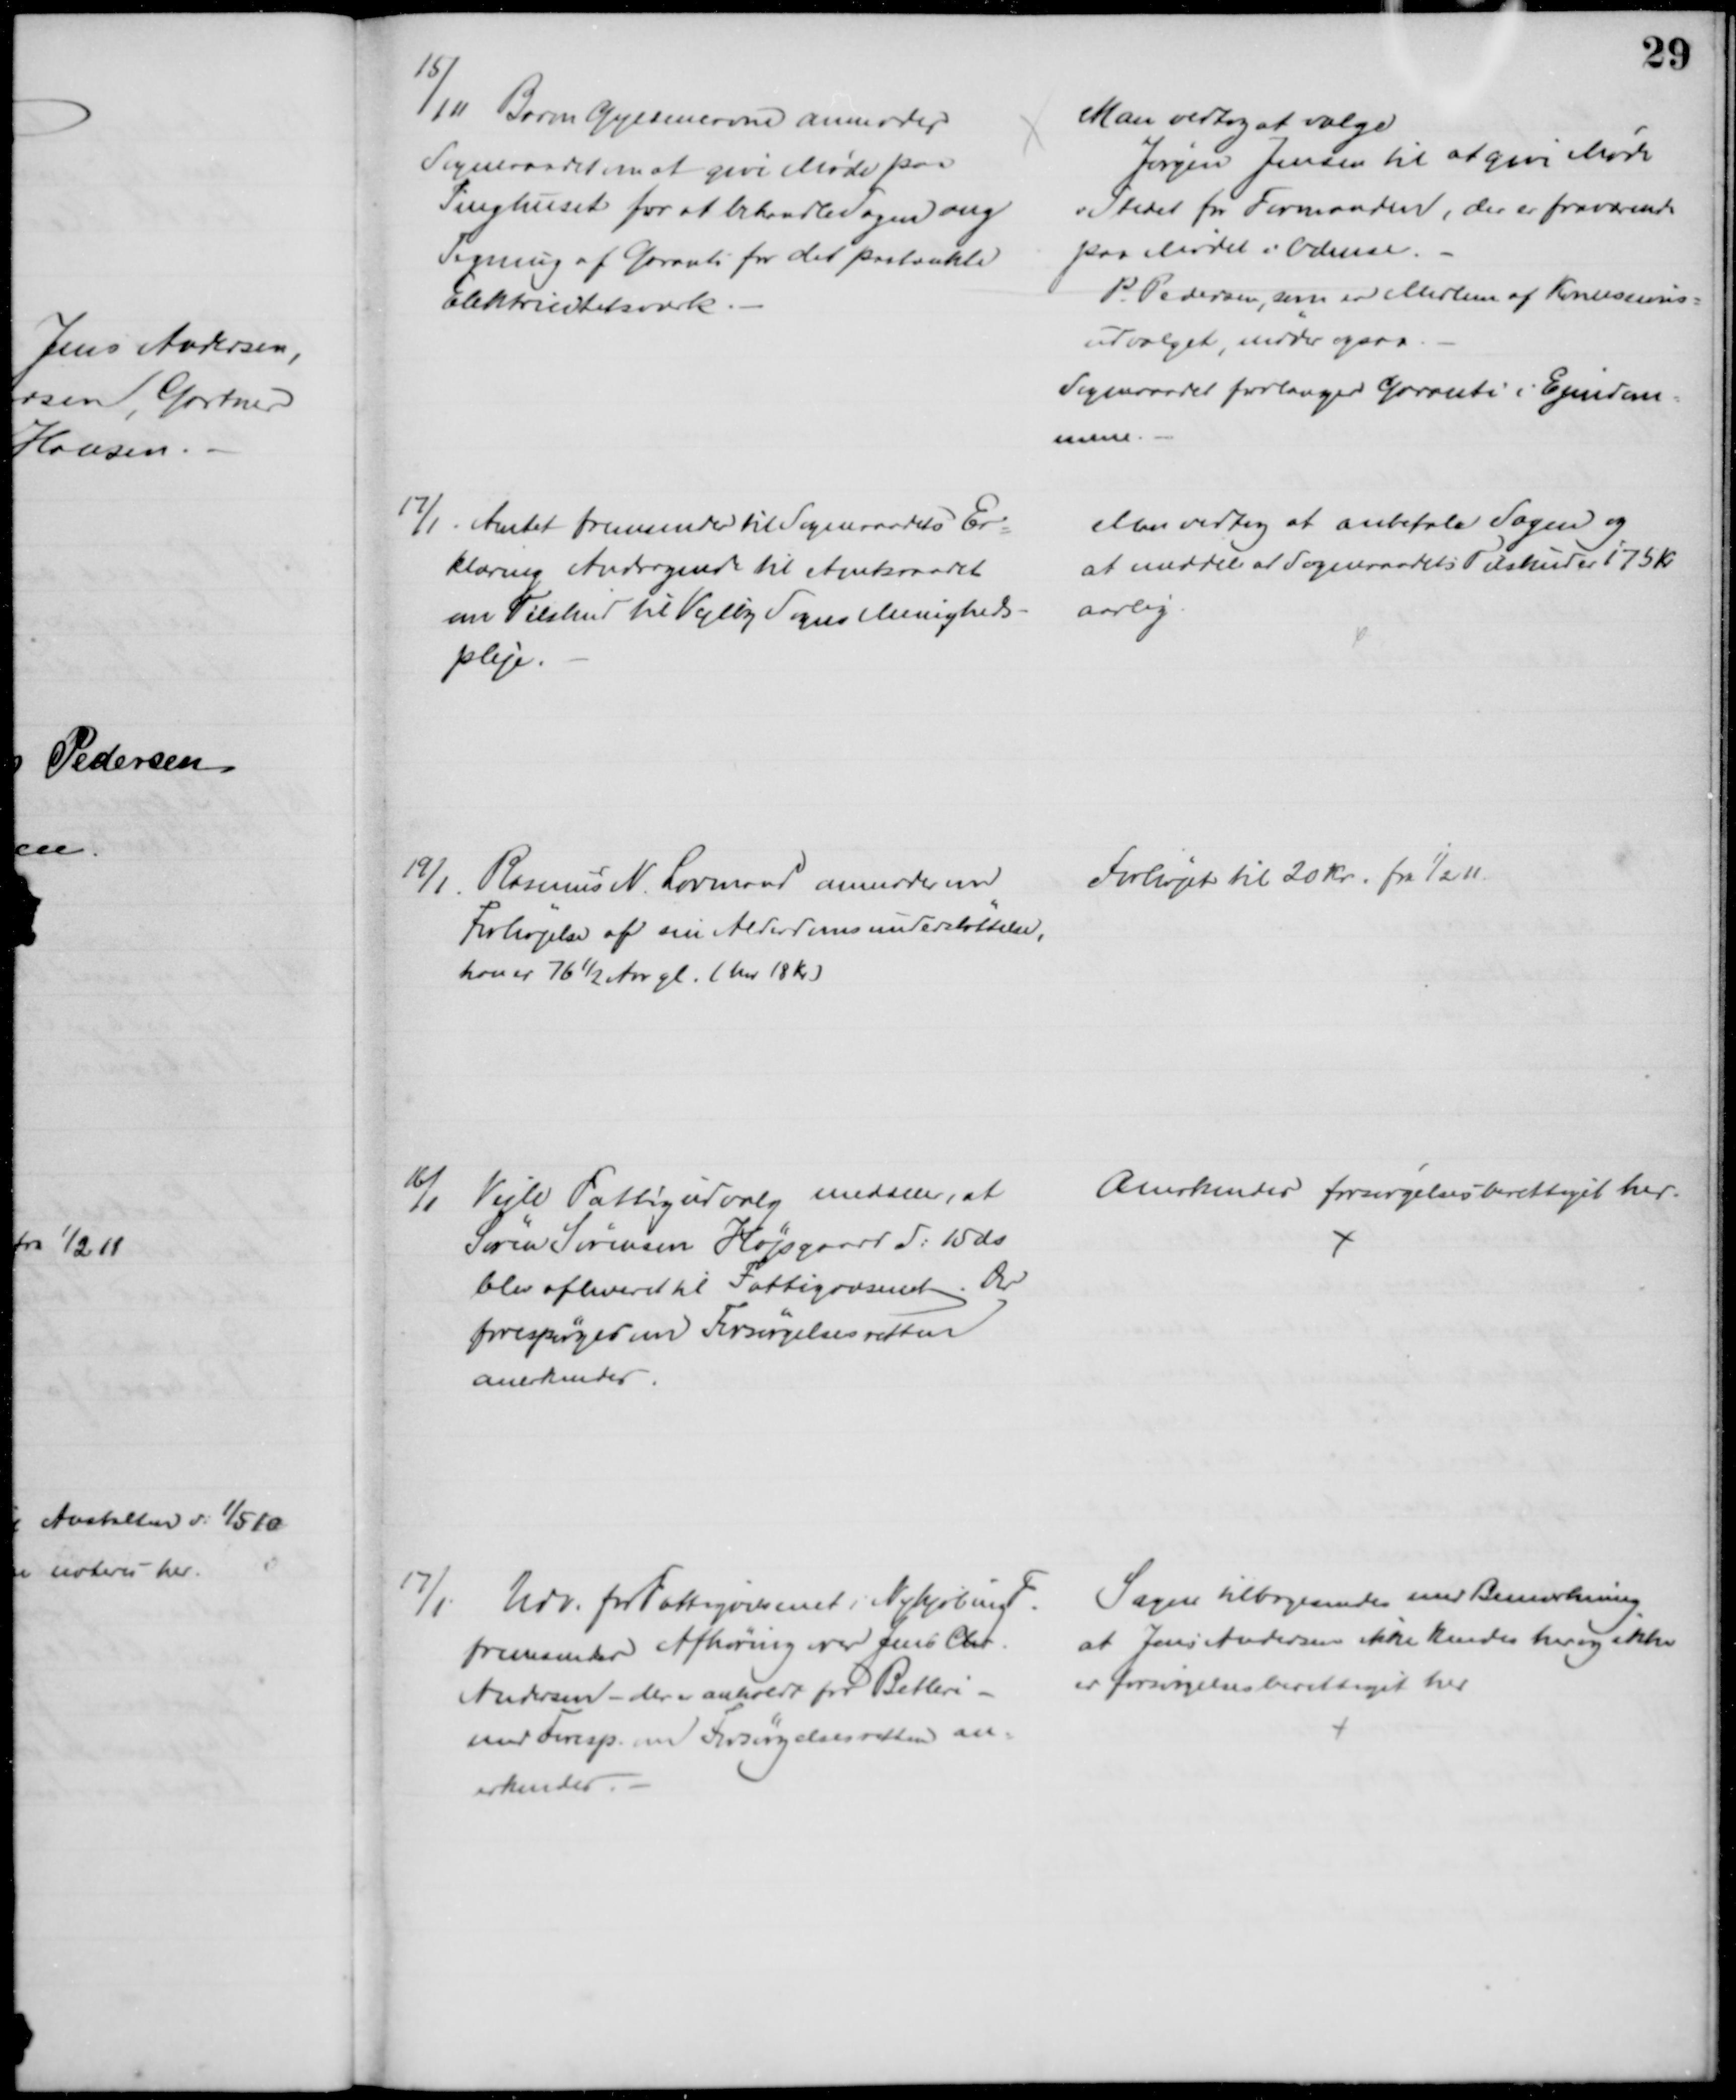
Transskription:
15/11 Baron Gyldencrone anmoder
Sogneraadet om at give Møde paa
Tinghuset for at behandle Sagen ang
Tegning af Garanti for det paatænkte
Elektricitetsværk.
Man vedtog at vælge
Jørgen Jensen til at give Møde
i Stedet for Formanden, der er fraværende
paa Mødet i Odense.
P Pedersen, som er Medlem af Koncessions=
udvalget møder ogsaa.
Sogneraadet forlanger Garanti i Ejendom=
mene.
17/1. Amtet fremsender til Sogneraadets Er=
klæring Andragende til Amtsraadet
om Tilskud til Vejlby Sogns Menigheds-
pleje.
Man vedtog at anbefale Sagen og
at meddele at Sogneraadets Tilskud er 175 Kr.
aarlig.
19/1 Rasmus N. Lovmand anmoder om
Forhøjelse af sin Alderdomsunderstøttelse,
han er 76½ Aar gl. ( har 18 Kr.)
Forhøjet til 20 kr. fra 1/2 11.
16/1
Vejle Fattigudvalg meddeler, at
Søren Sørensen Højsgaard d: 15 ds
blev afleveret til Fattigvæsenet. Der
forespørges om Forsørgelsesretten
anerkendes.
Anerkendes forsørgelsesberettiget her.
17/1. Udv. for Fattigvæsenet i Nykjøbing F.
fremsender Afhøring over Jens Chr.
Andersen - der er anholdt for Betleri
med Foresp. om Forsørgelsesretten an-
erkendes. 
Sagen tilbagesendes med Bemærkning
at Jens Andersen ikke kendes her og ikke
er forsørgelsesberettiget her